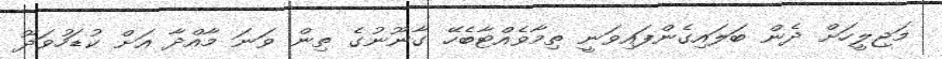
މަޖިލީހަށް ދެން ބަލައިގެންފައިވަނީ ތިމާވެއްޓާބެހޭ ގާނޫނުގެ ތިން ވަނަ މާއްދާ އަށް ކުޑަހުވަދޫ